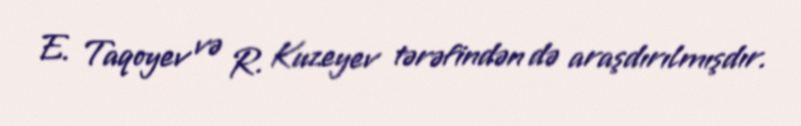
E. Taqoyev və R. Kuzeyev tərəfindən də araşdırılmışdır.